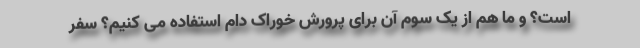
است؟ و ما هم از یک سوم آن برای پرورش خوراک دام استفاده می کنیم؟ سفر